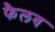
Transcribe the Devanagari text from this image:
फैलव